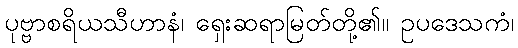
ပုဗ္ဗာစရိယသီဟာနံ၊ ရှေးဆရာမြတ်တို့၏။ ဥပဒေသကံ၊